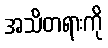
အသိတရားကို